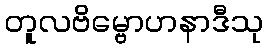
တူလဗိမ္ဗောဟနာဒီသု